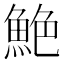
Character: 𫙙